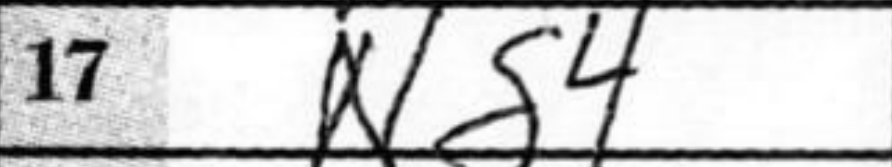
Transcription: Ng4